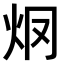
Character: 𤆳